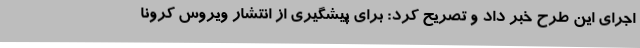
اجرای این طرح خبر داد و تصریح کرد: برای پیشگیری از انتشار ویروس کرونا